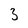
Character: 3